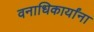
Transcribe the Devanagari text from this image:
वनाधिकार्यांना